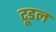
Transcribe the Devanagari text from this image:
टूडल